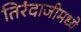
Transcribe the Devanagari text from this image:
तिरंदाजीमध्ये